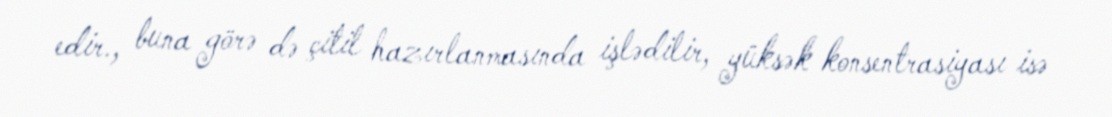
edir., buna görə də çitil hazırlanmasında işlədilir, yüksək konsentrasiyası isə